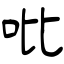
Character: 吡